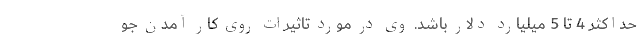
حداکثر 4 تا 5 میلیارد دلار باشد. وی در مورد تاثیرات روی کار آمدن جو